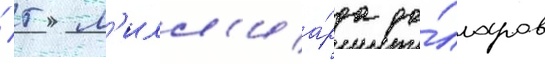
/ 5 м'илл'иа́рда до́лларов